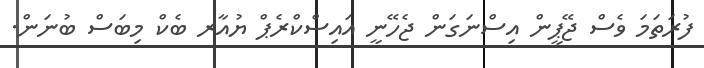
ފުރަތަމަ ވެސް ޖޭޕީން އިސްނަގަން ޖެހޭނީ އައިސްކްރެޕް ޔުއާރ ބެކް މިބަސް ބުނަން.